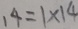
1 4 = 1 \times 1 4